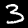
Digit: 3